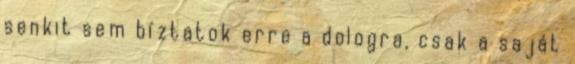
senkit sem bíztatok erre a dologra, csak a saját